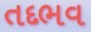
તદભવ